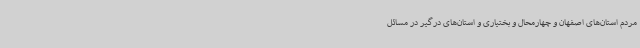
مردم استان‌های اصفهان و چهارمحال و بختیاری و استان‌های درگیر در مسائل